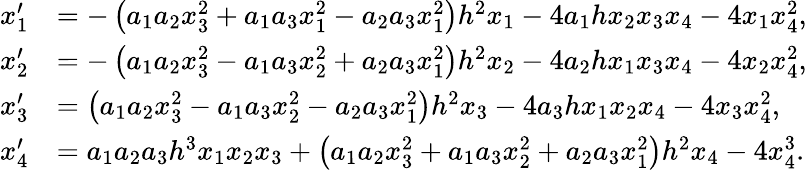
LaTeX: \begin{array}{rl}{x_{1}^{\prime}}&{=-\left({a_{1}}{a_{2}}x_{3}^{2}+{a_{1}}{a_{3}}x_{1}^{2}-{a_{2}}{a_{3}}x_{1}^{2}\right){h}^{2}x_{1}-4{a_{1}}hx_{2}x_{3}x_{4}-4x_{1}x_{4}^{2},}\\ {x_{2}^{\prime}}&{=-\left({a_{1}}{a_{2}}x_{3}^{2}-{a_{1}}{a_{3}}x_{2}^{2}+{a_{2}}{a_{3}}x_{1}^{2}\right){h}^{2}x_{2}-4{a_{2}}hx_{1}x_{3}x_{4}-4x_{2}x_{4}^{2},}\\ {x_{3}^{\prime}}&{=\left({a_{1}}{a_{2}}x_{3}^{2}-{a_{1}}{a_{3}}x_{2}^{2}-{a_{2}}{a_{3}}x_{1}^{2}\right){h}^{2}x_{3}-4{a_{3}}hx_{1}x_{2}x_{4}-4x_{3}x_{4}^{2},}\\ {x_{4}^{\prime}}&{={a_{1}}{a_{2}}{a_{3}}{h}^{3}x_{1}x_{2}x_{3}+\left({a_{1}}{a_{2}}x_{3}^{2}+{a_{1}}{a_{3}}x_{2}^{2}+{a_{2}}{a_{3}}x_{1}^{2}\right){h}^{2}x_{4}-4x_{4}^{3}.}\end{array}